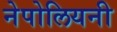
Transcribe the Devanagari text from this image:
नेपोलियनी